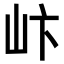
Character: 𪨨